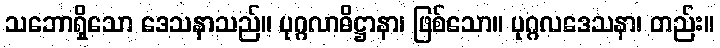
သဘောရှိသော ဒေသနာသည်။ ပုဂ္ဂလာဓိဋ္ဌာနာ၊ ဖြစ်သော။ ပုဂ္ဂလဒေသနာ၊ တည်း။